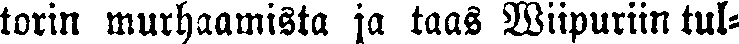
torin murhaamista ja taas Wiipuriin tul-